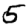
Digit: 5